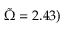
\tilde { \Omega } = 2 . 4 3 )